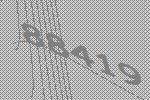
88419